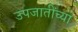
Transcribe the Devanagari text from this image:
उपजातींच्या